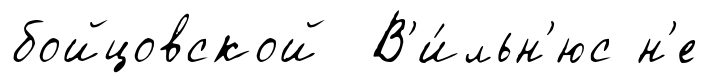
бойцовской В'и́льн'юс н'е